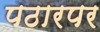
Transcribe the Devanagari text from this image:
पठारपर